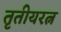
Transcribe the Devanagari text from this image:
तृतीयरत्न